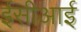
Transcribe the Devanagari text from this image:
ईसीआई